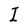
Character: I